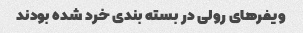
ویفر‌های رولی در بسته بندی خرد شده بودند